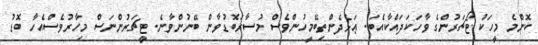
ކޮންމެ މީހަކު ޓޯޗަރުންގެ ވާހަކަދައްކާއެބަ. ޢަޅެދެންތިބޭމީހުންވެސް މުސާރަބޮޑުވާން ބޭނުންވާނެ. ޓީޗަރުންނަސް މިހާރުވެސްއެހާ ބޮޑު